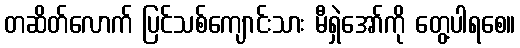
တဆိတ်လောက် ပြင်သစ်ကျောင်းသား မီရှဲအော်ကို တွေ့ပါရစေ။